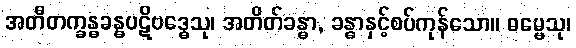
အတီတက္ခန္ဓခန္ဓပဋိဗဒ္ဓေသု၊ အတိတ်ခန္ဓာ, ခန္ဓာနှင့်စပ်ကုန်သော။ ဓမ္မေသု၊